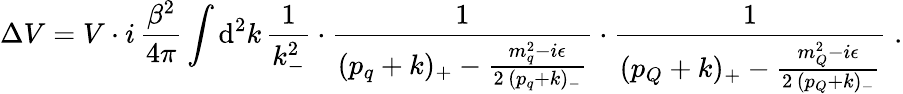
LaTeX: \Delta V=V\cdot i\, \frac{\beta^{2}}{4\pi}\int\mathrm{d}^{2}k\, \frac{1}{k_{-}^{2}}\cdot\frac{1}{(p_{q}+k)_{+}-\frac{m_{q}^{2}-i\epsilon}{2\, (p_{q}+k)_{-}}}\cdot\frac{1}{(p_{Q}+k)_{+}-\frac{m_{Q}^{2}-i\epsilon}{2\, (p_{Q}+k)_{-}}}\; .